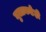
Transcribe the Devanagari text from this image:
मुलाकडेही